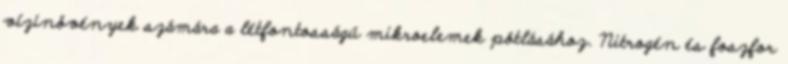
vízinövények számára a létfontosságú mikroelemek pótlásához. Nitrogén és foszfor